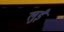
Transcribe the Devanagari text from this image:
लुईे